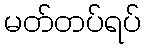
မတ်တပ်ရပ်